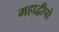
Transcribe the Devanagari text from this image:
महाद्वीपो